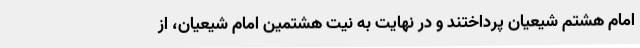
امام هشتم شیعیان پرداختند و در نهایت به نیت هشتمین امام شیعیان، از